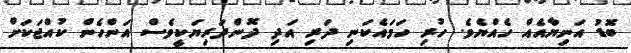
ބޮޑު އަނިޔާއެއް ހެއްޔެވެ. ހުރި ހަމައެކަނި ދަރި އަދި ދޮންދަރިޔަކީވެސް އަންހެން ކުއްޖަކަށް